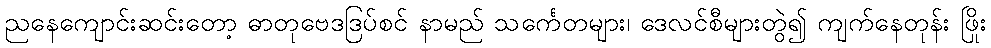
ညနေကျောင်းဆင်းတော့ ဓာတုဗေဒဒြပ်စင် နာမည် သင်္ကေတများ၊ ဒေလင်စီများတွဲ၍ ကျက်နေတုန်း ဖြိုး